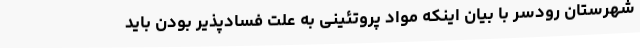
شهرستان رودسر با بیان اینکه مواد پروتئینی به علت فسادپذیر بودن باید